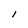
Character: l